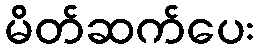
မိတ်ဆက်ပေး